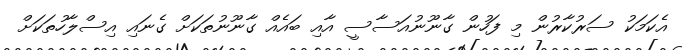
އެކަމަކު ސަރުކާރުން މި ފަހުން ގާނޫނުއަސާސީ އާއި ބައެއް ގާނޫނުތަކަށް ގެނައި އިސްލާހުތަކަށް